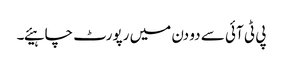
پی ٹی آئی سے دو دن میں رپورٹ چاہیئے۔